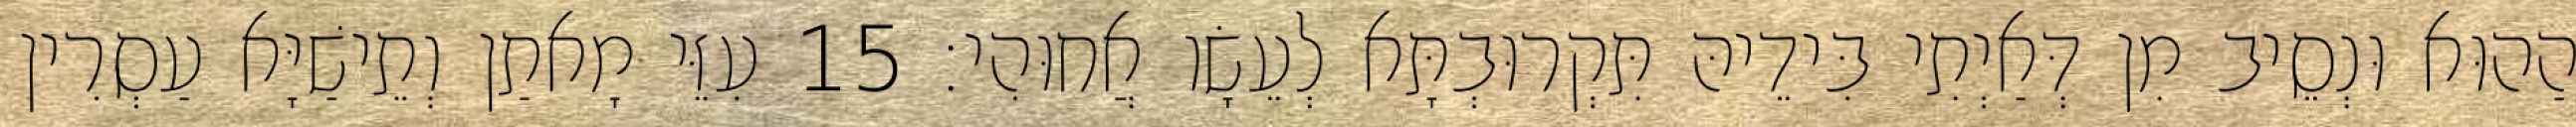
הַהוּא וּנְסֵיב מִן דְּאַיְתִי בִּידֵיהּ תִּקְרוּבְתָּא לְעֵשָׂו אֲחוּהִי׃ 15 עִזֵּי מָאתַן וְתֵישַׁיָּא עַסְרִין